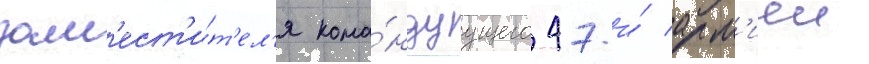
зам'ест'и́т'ел'я кома́ндуущего 47-и́ арм'иеи